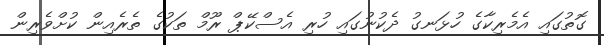
ގޮތުގައި އެމެރިކާގެ ހުޅަނގު ދެކުނުގައި ހުރި އެސްކޭޕް ރޫމް ތަކުގެ ތެރެއިން ކުށްވެރިން